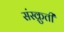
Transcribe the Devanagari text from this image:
संस्क्रुती